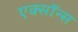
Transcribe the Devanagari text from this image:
एक्सॉन्स